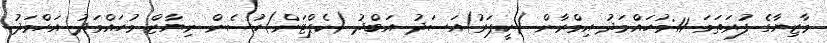
މާޒިޔާގެ ފުރަތަމަ 11:މުހައްމަދު އިމްރާން (ކީޕަރު)އަސަދު އަބްދު (ކެޕްޓަން)ހުސެން ނިޔާޒް މުހައްމަދު އަހްމަދު